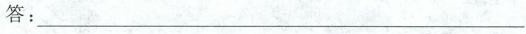
答:___